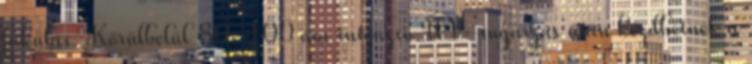
fakulás. Körülbelül 80–100 óra intenzív UV-sugárzás után kezdhetnek a